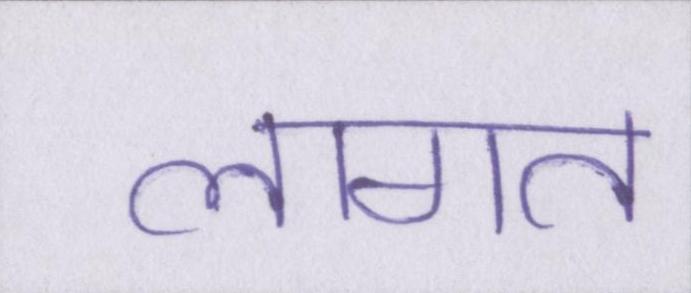
लागत